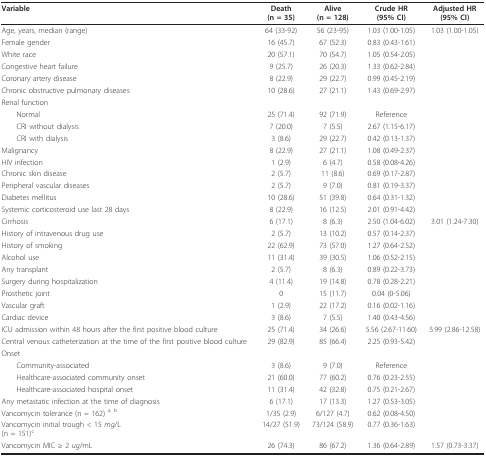
<table><thead><tr><td><b>Variable</b></td><td><b>Death(n = 35)</b></td><td><b>Alive(n = 128)</b></td><td><b>Crude HR(95% CI)</b></td><td><b>Adjusted HR(95% CI)</b></td></tr></thead><tbody><tr><td>Age, years, median (range)</td><td>64 (33-92)</td><td>56 (23-95)</td><td>1.03 (1.00-1.05)</td><td>1.03 (1.00-1.05)</td></tr><tr><td>Female gender</td><td>16 (45.7)</td><td>67 (52.3)</td><td>0.83 (0.43-1.61)</td><td></td></tr><tr><td>White race</td><td>20 (57.1)</td><td>70 (54.7)</td><td>1.05 (0.54-2.05)</td><td></td></tr><tr><td>Congestive heart failure</td><td>9 (25.7)</td><td>26 (20.3)</td><td>1.33 (0.62-2.84)</td><td></td></tr><tr><td>Coronary artery disease</td><td>8 (22.9)</td><td>29 (22.7)</td><td>0.99 (0.45-2.19)</td><td></td></tr><tr><td>Chronic obstructive pulmonary diseases</td><td>10 (28.6)</td><td>27 (21.1)</td><td>1.43 (0.69-2.97)</td><td></td></tr><tr><td>Renal function</td><td></td><td></td><td></td><td></td></tr><tr><td> Normal</td><td>25 (71.4)</td><td>92 (71.9)</td><td>Reference</td><td></td></tr><tr><td> CRI without dialysis</td><td>7 (20.0)</td><td>7 (5.5)</td><td>2.67 (1.15-6.17)</td><td></td></tr><tr><td> CRI with dialysis</td><td>3 (8.6)</td><td>29 (22.7)</td><td>0.42 (0.13-1.37)</td><td></td></tr><tr><td>Malignancy</td><td>8 (22.9)</td><td>27 (21.1)</td><td>1.08 (0.49-2.37)</td><td></td></tr><tr><td>HIV infection</td><td>1 (2.9)</td><td>6 (4.7)</td><td>0.58 (0.08-4.26)</td><td></td></tr><tr><td>Chronic skin disease</td><td>2 (5.7)</td><td>11 (8.6)</td><td>0.69 (0.17-2.87)</td><td></td></tr><tr><td>Peripheral vascular diseases</td><td>2 (5.7)</td><td>9 (7.0)</td><td>0.81 (0.19-3.37)</td><td></td></tr><tr><td>Diabetes mellitus</td><td>10 (28.6)</td><td>51 (39.8)</td><td>0.64 (0.31-1.32)</td><td></td></tr><tr><td>Systemic corticosteroid use last 28 days</td><td>8 (22.9)</td><td>16 (12.5)</td><td>2.01 (0.91-4.42)</td><td></td></tr><tr><td>Cirrhosis</td><td>6 (17.1)</td><td>8 (6.3)</td><td>2.50 (1.04-6.02)</td><td>3.01 (1.24-7.30)</td></tr><tr><td>History of intravenous drug use</td><td>2 (5.7)</td><td>13 (10.2)</td><td>0.57 (0.14-2.37)</td><td></td></tr><tr><td>History of smoking</td><td>22 (62.9)</td><td>73 (57.0)</td><td>1.27 (0.64-2.52)</td><td></td></tr><tr><td>Alcohol use</td><td>11 (31.4)</td><td>39 (30.5)</td><td>1.06 (0.52-2.15)</td><td></td></tr><tr><td>Any transplant</td><td>2 (5.7)</td><td>8 (6.3)</td><td>0.89 (0.22-3.73)</td><td></td></tr><tr><td>Surgery during hospitalization</td><td>4 (11.4)</td><td>19 (14.8)</td><td>0.78 (0.28-2.21)</td><td></td></tr><tr><td>Prosthetic joint</td><td>0</td><td>15 (11.7)</td><td>0.04 (0-5.06)</td><td></td></tr><tr><td>Vascular graft</td><td>1 (2.9)</td><td>22 (17.2)</td><td>0.16 (0.02-1.16)</td><td></td></tr><tr><td>Cardiac device</td><td>3 (8.6)</td><td>7 (5.5)</td><td>1.40 (0.43-4.56)</td><td></td></tr><tr><td>ICU admission within 48 hours after the first positive blood culture</td><td>25 (71.4)</td><td>34 (26.6)</td><td>5.56 (2.67-11.60)</td><td>5.99 (2.86-12.58)</td></tr><tr><td>Central venous catheterization at the time of the first positive blood culture</td><td>29 (82.9)</td><td>85 (66.4)</td><td>2.25 (0.93-5.42)</td><td></td></tr><tr><td>Onset</td><td></td><td></td><td></td><td></td></tr><tr><td> Community-associated</td><td>3 (8.6)</td><td>9 (7.0)</td><td>Reference</td><td></td></tr><tr><td> Healthcare-associated community onset</td><td>21 (60.0)</td><td>77 (60.2)</td><td>0.76 (0.23-2.55)</td><td></td></tr><tr><td> Healthcare-associated hospital onset</td><td>11 (31.4)</td><td>42 (32.8)</td><td>0.75 (0.21-2.67)</td><td></td></tr><tr><td>Any metastatic infection at the time of diagnosis</td><td>6 (17.1)</td><td>17 (13.3)</td><td>1.27 (0.53-3.05)</td><td></td></tr><tr><td>Vancomycin tolerance (n = 162) <sup>a, b</sup></td><td>1/35 (2.9)</td><td>6/127 (4.7)</td><td>0.62 (0.08-4.50)</td><td></td></tr><tr><td>Vancomycin initial trough &lt; 15 <i>mg</i>/L(n = 151)<sup>c</sup></td><td>14/27 (51.9)</td><td>73/124 (58.9)</td><td>0.77 (0.36-1.63)</td><td></td></tr><tr><td>Vancomycin MIC ≥ 2 <i>ug</i>/mL</td><td>26 (74.3)</td><td>86 (67.2)</td><td>1.36 (0.64-2.89)</td><td>1.57 (0.73-3.37)</td></tr></tbody></table>